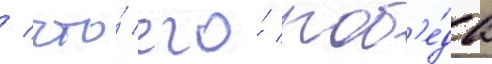
/ что́ его́ поб'е́да